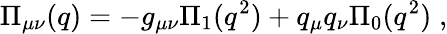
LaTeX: \Pi_{\mu\nu}(q)=-g_{\mu\nu}\Pi_{1}(q^{2})+q_{\mu}q_{\nu}\Pi_{0}(q^{2})\; ,